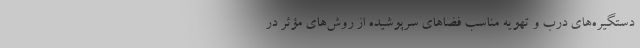
دستگیره‌های درب و تهویه مناسب فضا‌های سرپوشیده از روش‌های مؤثر در